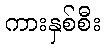
ကားနှစ်စီး